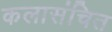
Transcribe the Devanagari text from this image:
कलासंचित